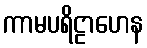
ကာမပရိဠာဟေန